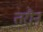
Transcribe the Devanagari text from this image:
तरौन